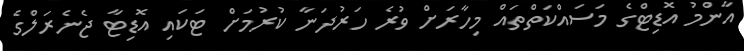
އާންމު އޮޑިޓްގެ މަސައްކަތްތައް މިހާރަށް ވުރެ ހަރުދަނާ ކުރުމަށް ޓަކައި އޮޑިޓާ ޖެނެރަލްގެ